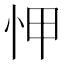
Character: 𢘉